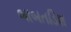
બાબતડિશ